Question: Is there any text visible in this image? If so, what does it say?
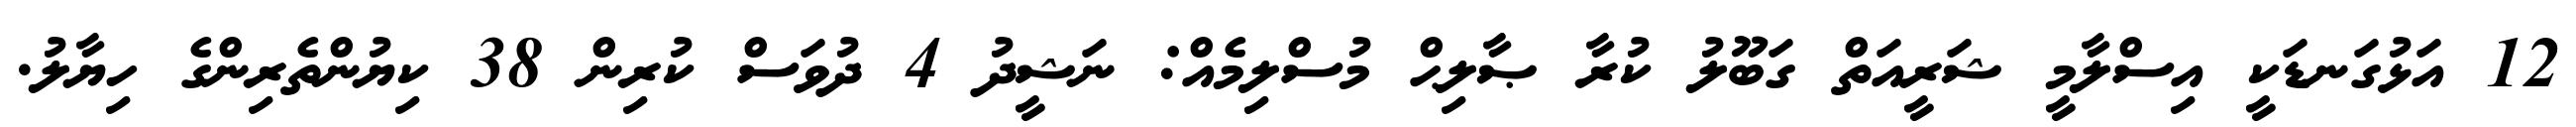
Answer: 12 އަޅުގަނޑަކީ އިސްލާމީ ޝަރީއަތް ގަބޫލު ކުރާ ޞާލިޙް މުސްލިމެއް: ނަޝީދު 4 ދުވަސް ކުރިން 38 ކިޔުންތެރިންގެ ހިޔާލު.